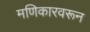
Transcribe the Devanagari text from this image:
मणिकारवरून